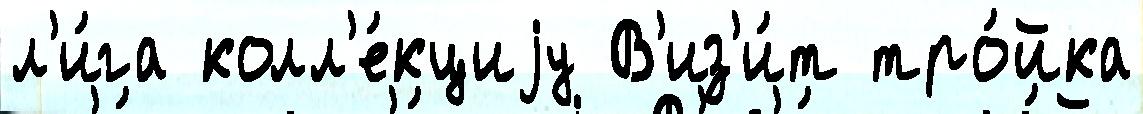
л'и́га колл'е́кциjу В'из'и́т тро́йка